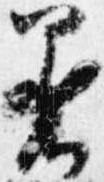
着